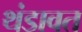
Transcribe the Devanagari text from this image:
थंडावत